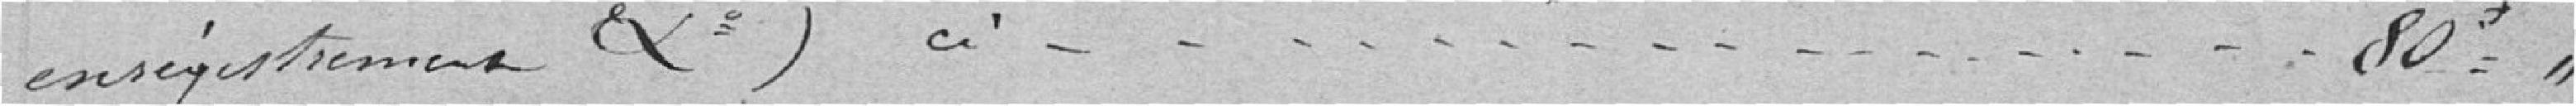
enregistrement X) ci . . . . . . . . . . . . . . . . . . . . 80 francs